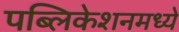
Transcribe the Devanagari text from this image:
पब्लिकेशनमध्ये